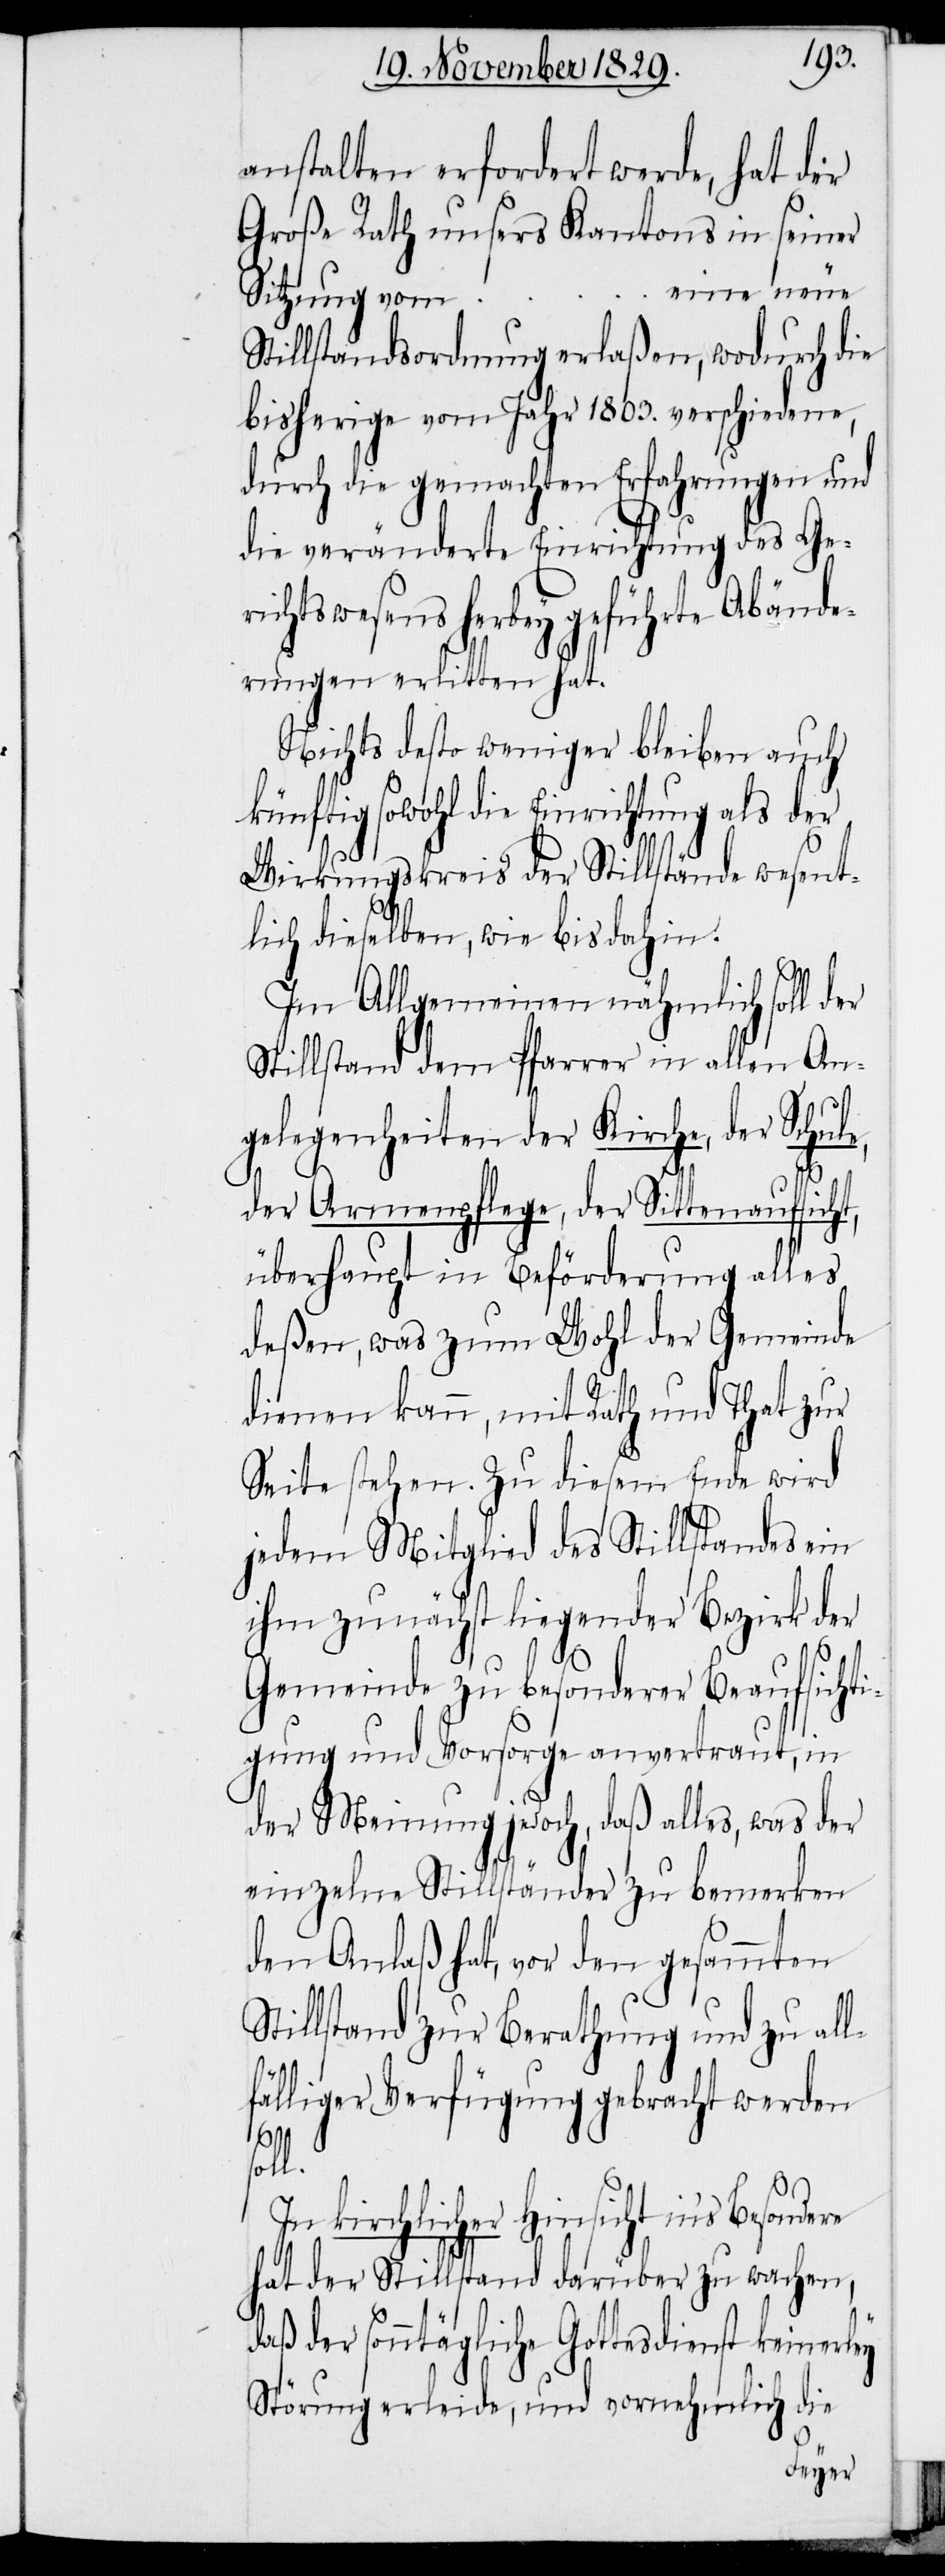
anstalten erfordert werde, hat der
Große Rath unsers Kantons in seiner
eine neue
Sitzung vom
Stillstandsordnung erlaßen, wodurch die
bisherige vom Jahr 1803. verschiedene,
durch die gemachten Erfahrungen und
die veränderte Einrichtung des Ge¬
richtswesens herbey geführte Abände¬
rungen erlitten hat.
Nichts desto weniger bleiben auch
sowohl die Einrichtung als der
Wirkungskreis der Stillstände wesent¬
lich dieselben, wie bis dahin.
Im Allgemeinen nähmlich soll der
Stillstand dem Pfarrer in allen An¬
gelegenheiten der Kirche, der Schule,
re
der Armenpflege, der Sittenaufsicht,
überhaupt in Beförderung alles
deßen, was zum Wohl der Gemeinde
dienen kann, mit Rath und That zur
Seite stehen. Zu diesem Ende wird
jedem Mitglied des Stillstandes ein
ihm zunächst liegender Bezirk der
Gemeinde zu besonderer Beaufsichti¬
gung und Vorsorge anvertraut, in
der Meinung jedoch, daß alles, was der
einzelne Stillständer zu bemerken
den Anlaß hat, vor den gesammten
Stillstand zur Berathung und zu all¬
fälliger Verfügung gebracht werden
soll.
In kirchlicher Hinsicht ins Besonde¬
hat der Stillstand darüber zu wachen,
der sonntägliche Gottesdienst keinerley
Störung erleide, und vornehmlich die
…